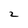
Character: 2